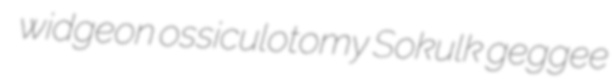
widgeon ossiculotomy Sokulk geggee